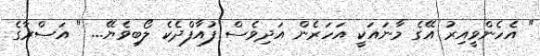
" އެހެންވީއިރު އޭގެ މާނައަކީ އަހަރެން އަދިވެސް ފުއާފްދެކެ ލޯބިވެޔޭ... " އަސްރާގެ